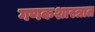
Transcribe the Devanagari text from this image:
गणकशास्त्रात